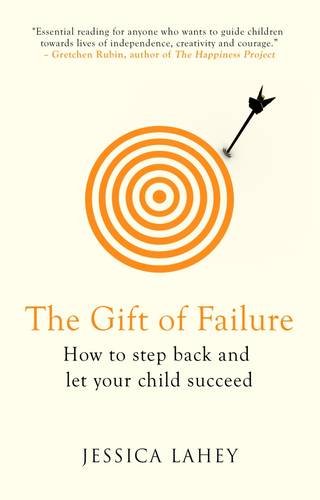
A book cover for The Gift of Failure: How to Step Back and Let Your Child Succeed; Jessica Lahey; Parenting & Relationships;